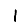
Digit: 1